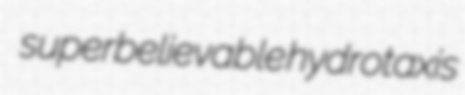
superbelievable hydrotaxis